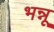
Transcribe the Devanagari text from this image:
भन्नू